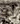
لو